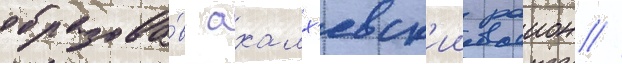
образова́в ахалх'евск'ии раион //